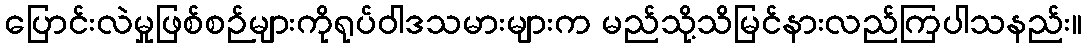
ပြောင်းလဲမှုဖြစ်စဉ်များကိုရုပ်ဝါဒသမားများက မည်သို့သိမြင်နားလည်ကြပါသနည်း။